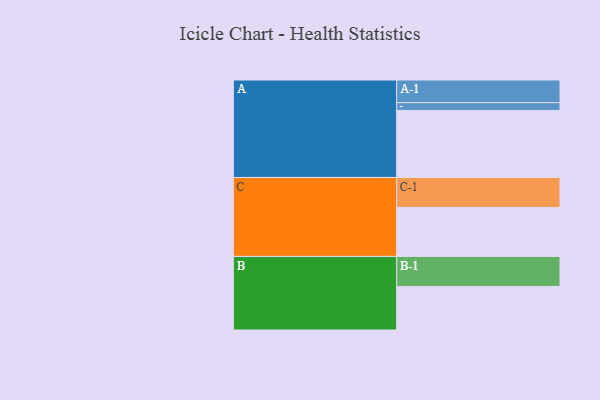
{"axis": {"x": "Segment", "y": "Value"}, "legend": ["", "A", "B", "C"], "data": [{"x": "A", "y": 586, "type": ""}, {"x": "B", "y": 381, "type": ""}, {"x": "C", "y": 428, "type": ""}, {"x": "A-1", "y": 198, "type": "A"}, {"x": "A-2", "y": 68, "type": "A"}, {"x": "B-1", "y": 262, "type": "B"}, {"x": "C-1", "y": 262, "type": "C"}]}